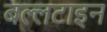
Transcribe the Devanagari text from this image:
बल्लटाइन